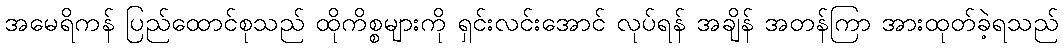
အမေရိကန် ပြည်ထောင်စုသည် ထိုကိစ္စများကို ရှင်းလင်းအောင် လုပ်ရန် အချိန် အတန်ကြာ အားထုတ်ခဲ့ရသည်